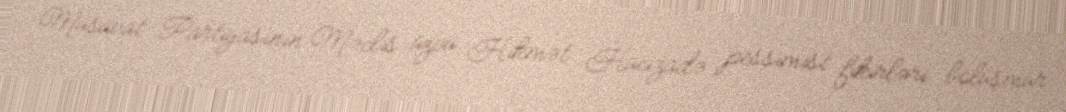
Müsavat Partiyasının Məclis üzvü Hikmət Hacızadə pessimist fikirləri bölüşmür: